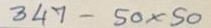
347 - 50 x 50